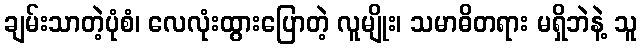
ချမ်းသာတဲ့ပုံစံ၊ လေလုံးထွားပြောတဲ့ လူမျိုး၊ သမာဓိတရား မရှိဘဲနဲ့ သူ